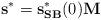
LaTeX: \begin{align*}\mathbf{s}^*=\mathbf{s}_{\mathbf{SB}}^*(0) \mathbf{M} \end{align*}